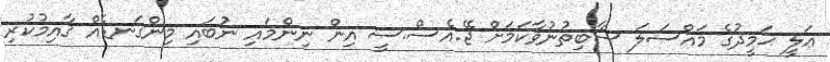
ޢަލީ ޙަމީދުގެ މައްސަލަ ސާބިތުނުވާކަމަށް ޖޭ.އެސް.ސީ އިން ނިންމައި ނުބައި މިންގަނޑެއް ޤާއިމުކުރި